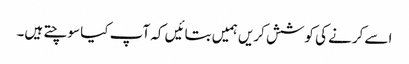
اسے کرنے کی کوشش کریں ہمیں بتائیں کہ آپ کیا سوچتے ہیں۔